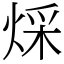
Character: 𤊕